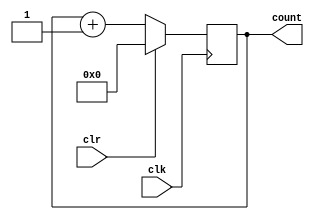
`timescale 1ns / 1ps

module counter_nbit_parameterized(clr,clk,count);
    
    parameter N =3;
    input clr,clk;
    output reg [N:0] count;
    
   
    always @(negedge clk)
        if(clr) count <= 0;
        else    count <= count+1;
endmodule